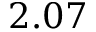
2 . 0 7